Destruction of fleas by exposure to the sun - Number 40
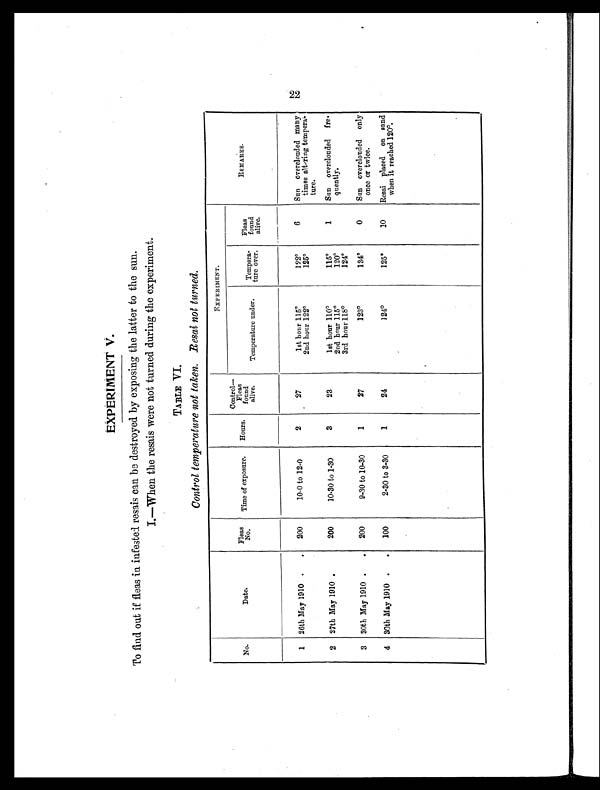
EXPERIMENT V.
To find out if fleas in infested resais can be destroyed by exposing the latter to the sun.
I.—When the resais were not turned during the experiment.
TABLE VI.
Control temperature not taken. Resai not turned.
No.
Date.
Fleas
No. Time of exposure. Hours.
Control—
Fleas
found
alive.
EXPERIMENT.
REMARKS.
Temperature under.
Tempera
ture over.
Fleas
f o u n d a l i v e .
1 26th May 1910 . .
200
10-0 to 12-0
2
27
1st hour 115°122°6
Sun overclouded many
times altering tempera
ture.
2nd hour 122°125°2
27th May 1910
200
10-30 to 1-30
3
23
1st hour 110°115°1
Sun overclouded fre
qnently.
2nd hour 115°120°3
rd hour 118°124°3
30th May 1910 . . 200
9-30 to 10-30
1
27
123°134°0
Sun overclouded only
once or twice.
4 30th May 1910 . . 100
2-30 to 3-30
1
24
124°125°10 Resai placed on sand
when it reached 120°.
22